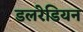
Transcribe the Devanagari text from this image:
डलरेडियन